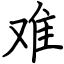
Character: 难